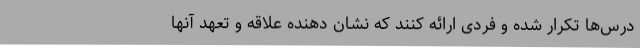
درس‌ها تکرار شده و فردی ارائه کنند که نشان دهنده علاقه و تعهد آنها